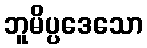
ဘူမိပ္ပဒေသော